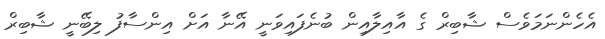
އެހެންނަމަވެސް ޝާބިރް ގެ އާއިލާއިން ބުނެފައިވަނީ އޭނާ އަށް އިންސާފު ލިބޭނީ ޝާބިރް